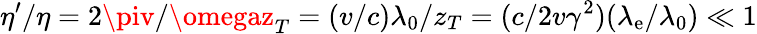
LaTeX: \eta^{\prime}/\eta=2\piv/\omegaz_{T}=(v/c)\lambda_{0}/z_{T}=(c/2v\gamma^{2})(\lambda_{\mathrm{e}}/\lambda_{0})\ll1